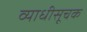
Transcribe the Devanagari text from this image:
व्याधीसूचक